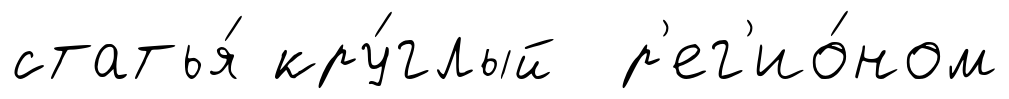
статья́ кру́глый р'ег'ио́ном